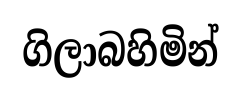
ගිලාබහිමින්